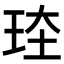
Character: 𪻗